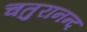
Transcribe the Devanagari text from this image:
चतुरानन्द